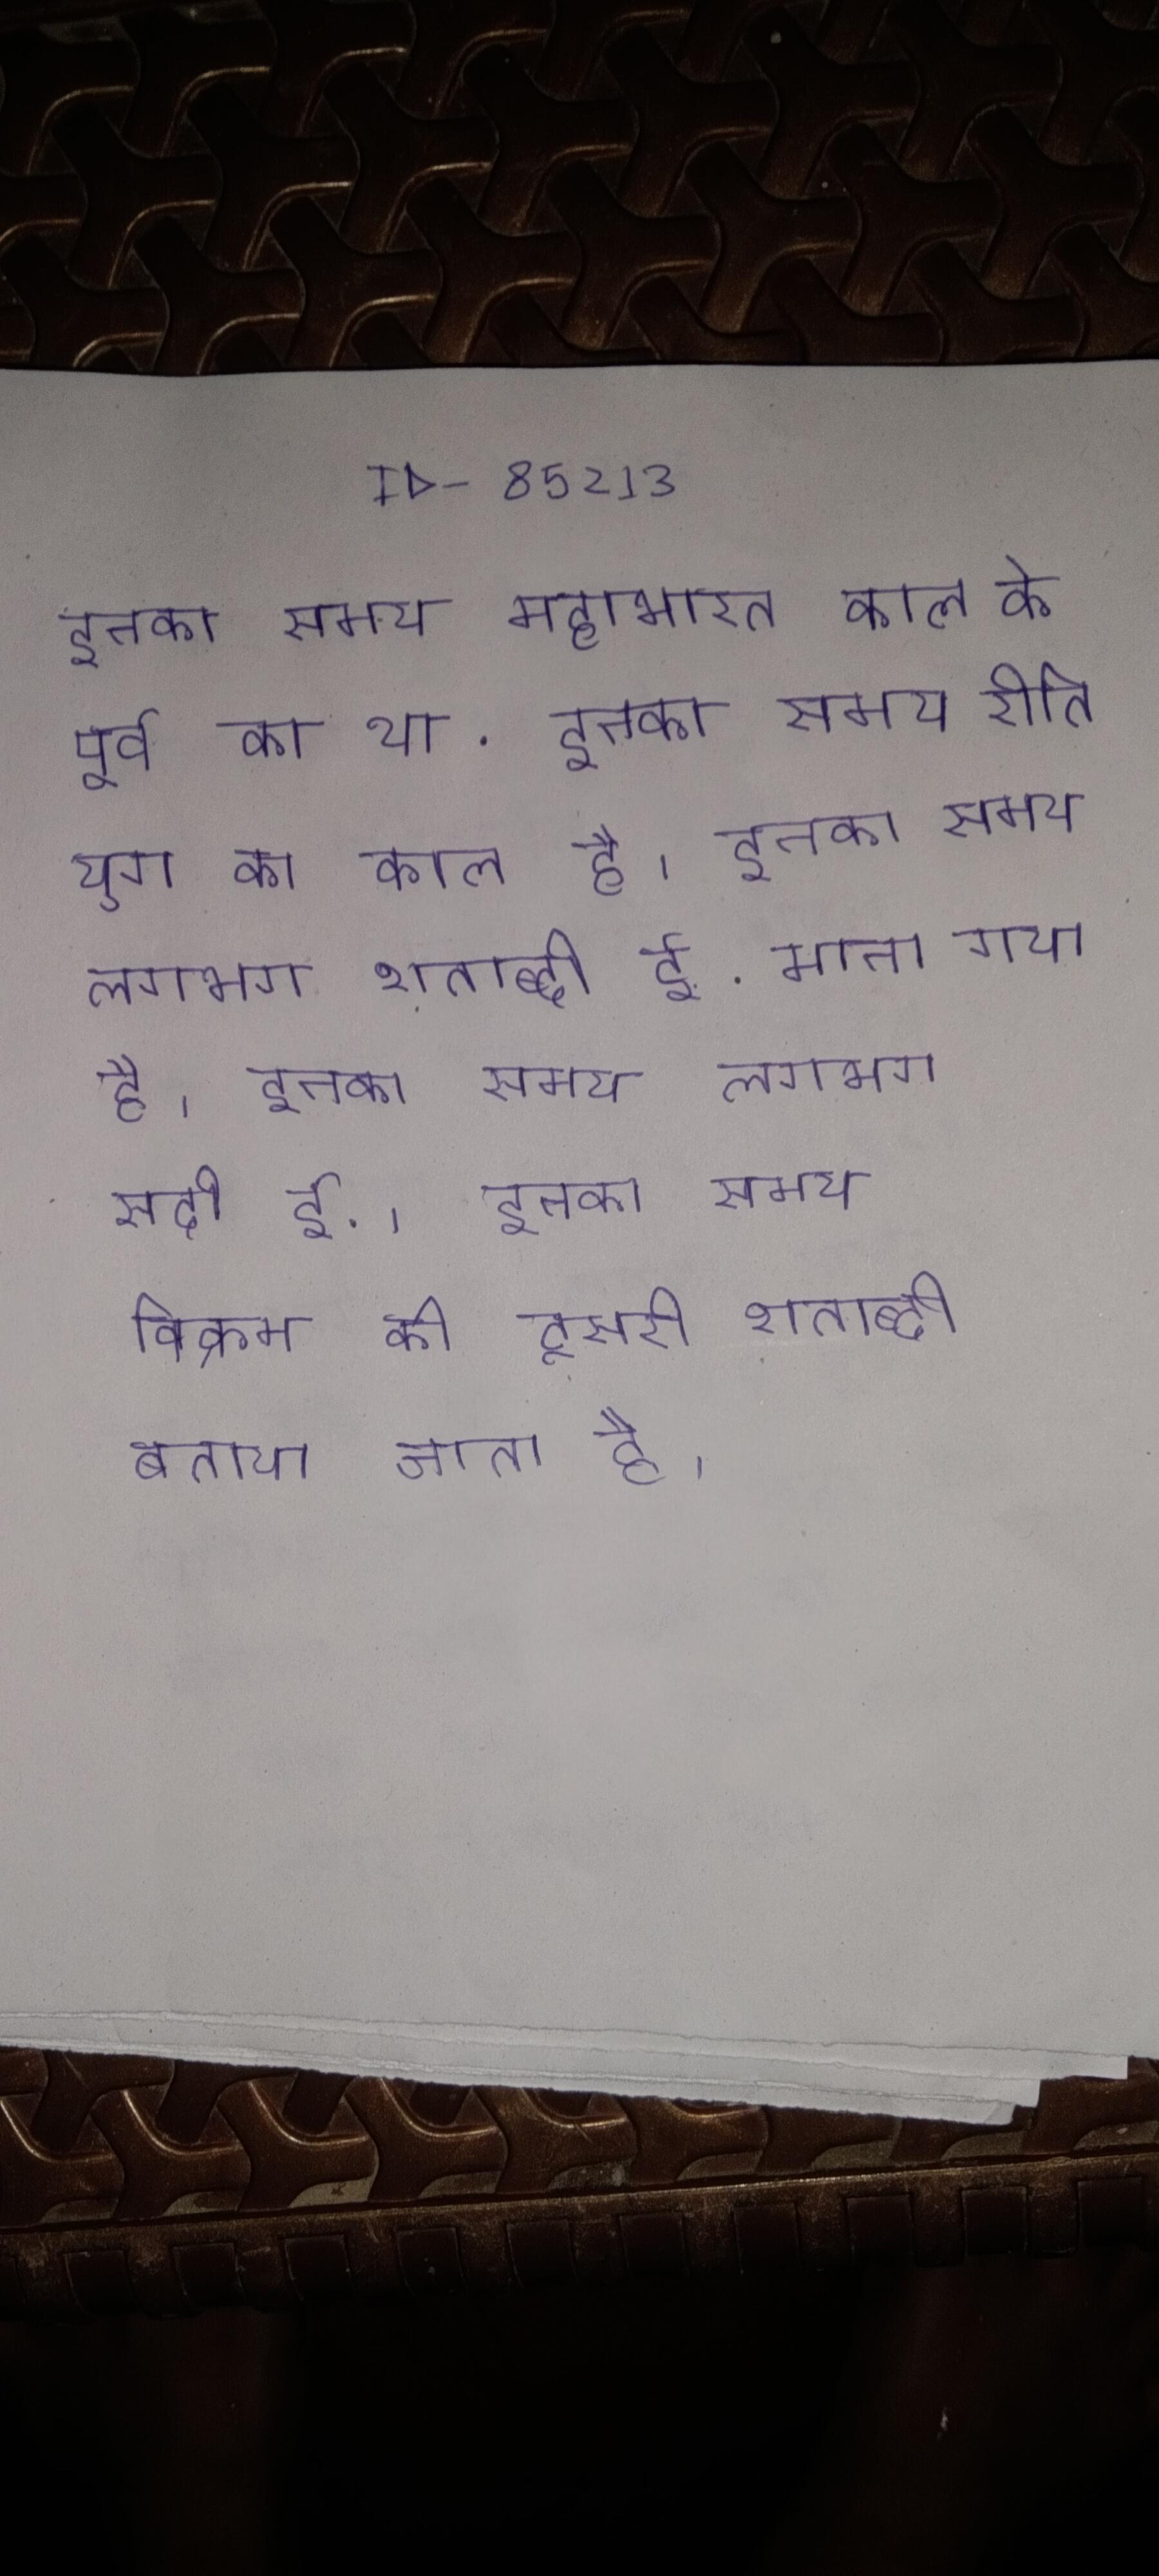
इनका समय महाभारत काल के पूर्व का था . इनका समय रीति युग का काल है । इनका समय लगभग शताब्दी ई. माना गया है । इनका समय लगभग सदी ई. । इनका समय विक्रम की दूसरी शताब्दी बताया जाता है ।